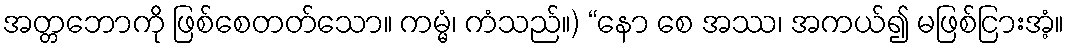
အတ္တဘောကို ဖြစ်စေတတ်သော။ ကမ္မံ၊ ကံသည်။) “နော စေ အဿ၊ အကယ်၍ မဖြစ်ငြားအံ့။